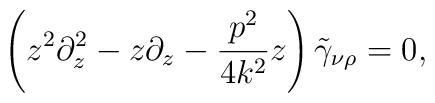
\left( z^2 \partial_z^2 -z \partial_z - \frac{p^2}{4k^2} z \right)  \tilde\gamma_{\nu\rho}=0,